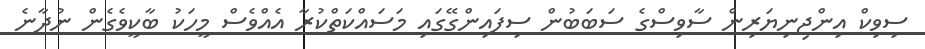
ސިވިކް އިންޖިނިޔަރިން ސާވިސްގެ ސަބަބުން ސިފައިންގޭގައި މަސައްކަތްކުރާ އެއްވެސް މީހަކު ބާކީވެގެން ނުދާނެ